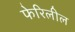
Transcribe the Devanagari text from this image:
फेरिलील